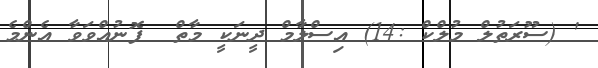
' (ސޫރަތުލް މުލްކް :14) އިސްލާމް ދީނަކީ މާތް  ފޮނުއްވަވާ އެންމެ